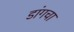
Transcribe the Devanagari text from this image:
डांगचा